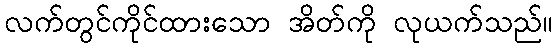
လက်တွင်ကိုင်ထားသော အိတ်ကို လုယက်သည်။